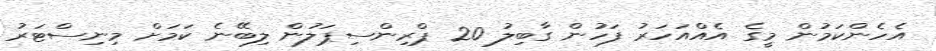
އެހެންކަމުން މީގެ އެއްއަހަރު ފަހުން ގާބިލު 20 ޕްރިންސިޕަލުން ލިބޭނެ ކަމަށް މިނިސްޓަރު